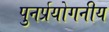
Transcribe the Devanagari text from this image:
पुनर्प्रयोगनीय